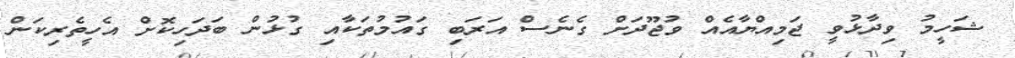
ޝަހީމު ވިދާޅުވީ ޖަމިއްޔާއެއް ވުޖޫދަށް ގެނެސް އަރަބި ގައުމުތަކާއި ގުޅުން ބަދަހިކޮށް އެހީތެރިކަން